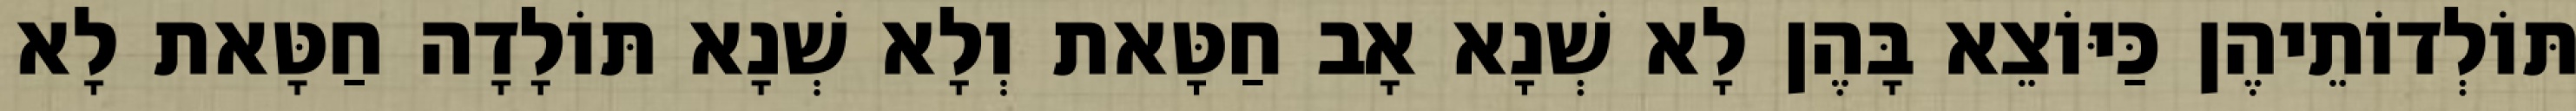
תּוֹלְדוֹתֵיהֶן כַּיּוֹצֵא בָּהֶן לָא שְׁנָא אָב חַטָּאת וְלָא שְׁנָא תּוֹלָדָה חַטָּאת לָא